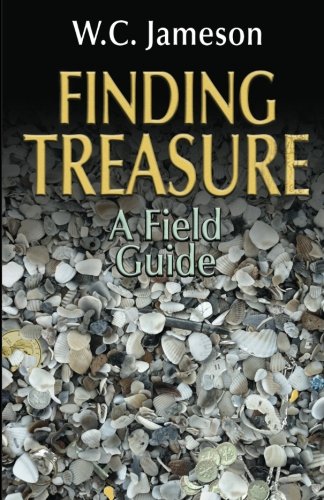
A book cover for Finding Treasure: A Field Guide; W.C. Jameson; Crafts, Hobbies & Home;